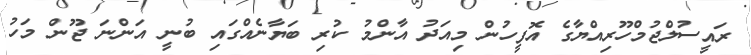
ރައީސުލްޖުމްހޫރިއްޔާގެ އޮފީހުން މިއަދު އާންމު ކުރި ބަޔާނެއްގައި ބުނީ އަންނަ ޖޫން މަހު